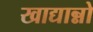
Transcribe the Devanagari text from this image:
खाद्यान्नो